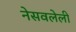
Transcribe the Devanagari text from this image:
नेसवलेली